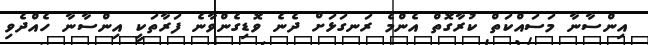
އިންސާނާ މަސައްކަތް ކުރާގޮތް އެންމެ ރަނގަޅަށް ދެނެ ވޮޑިގެންވާނެ ފަރާތަކީ އިންސާނާ ހެއްދެވި